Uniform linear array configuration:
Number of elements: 32
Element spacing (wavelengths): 0.25
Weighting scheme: blackman
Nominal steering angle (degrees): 30
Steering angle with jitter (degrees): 31.327
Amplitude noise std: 0.05
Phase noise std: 0.05

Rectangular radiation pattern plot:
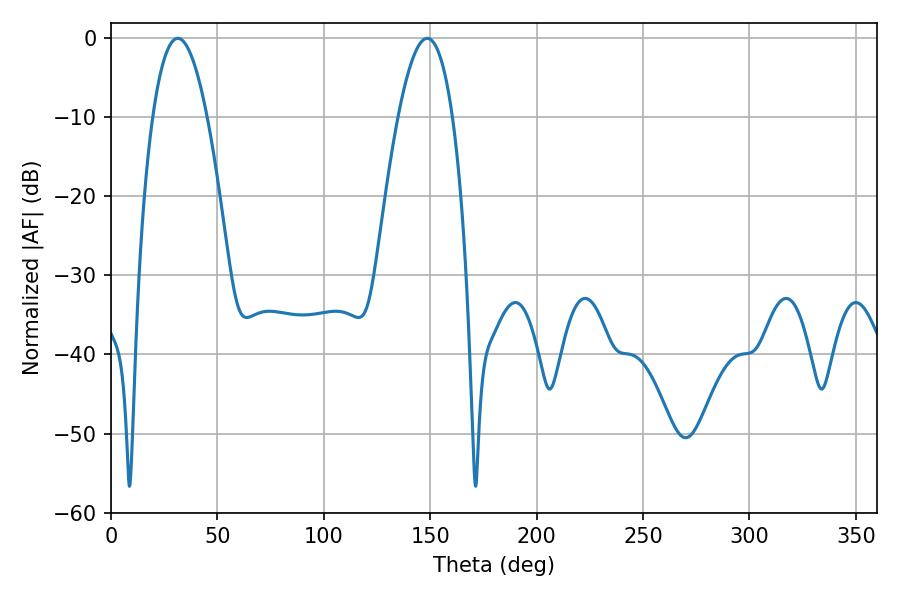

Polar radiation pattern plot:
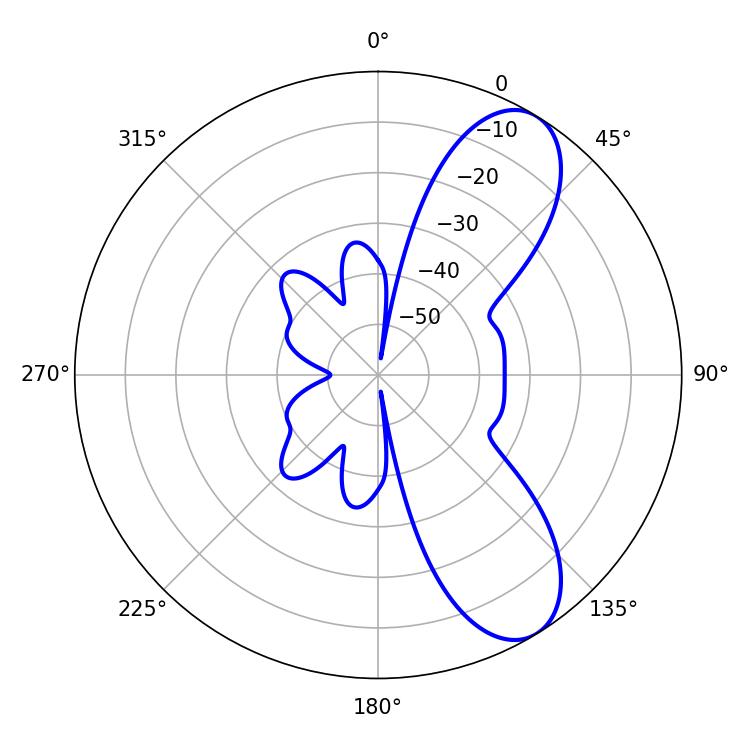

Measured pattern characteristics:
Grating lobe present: FALSE
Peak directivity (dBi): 8.579
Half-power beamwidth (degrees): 14.04
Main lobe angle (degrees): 31.32